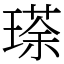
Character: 瑹